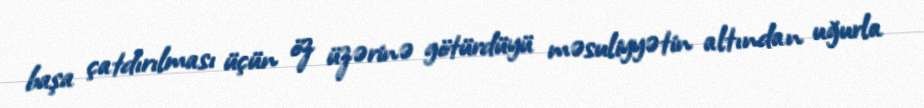
başa çatdırılması üçün öz üzərinə götürdüyü məsuliyyətin altından uğurla